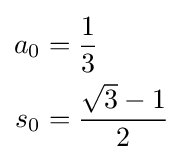
{\begin{aligned}a_{0}&={\frac {1}{3}}\\s_{0}&={\frac {{\sqrt {3}}-1}{2}}\end{aligned}}